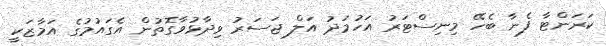
ކަރަންޓާ ފެނާ ބެހޭ މިނިސްޓަރު އަހުމަދު އަލް ޖަސަރު ވިދާޅުވާގޮތުން އެގައުމުގެ އަމާޒަކީ